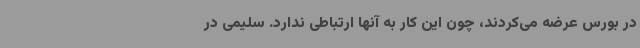
در بورس عرضه می‌کردند، چون این کار به آنها ارتباطی ندارد. سلیمی در